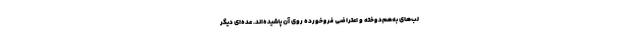
لب‌های به‌هم‌دوخته و اعتراضی فروخورده روی آن پاشیده‌اند. عده‌ای دیگر